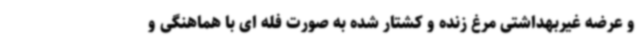
و عرضه غیربهداشتی مرغ زنده و کشتار شده به صورت فله ای با هماهنگی و